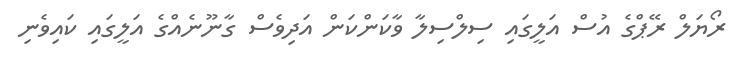
ރޯޔަލް ރޭޕްގެ އުސް އަލީގައި ސިލްސިލާ ވާކަންކަން އަދިވެސް ގާނޫނެއްގެ އަލީގައި ކައިވެނި